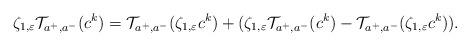
LaTeX: \begin{align*}\zeta_{1,\varepsilon}\mathcal{T}_{a^+,a^-}(c^k)=\mathcal{T}_{a^+,a^-}(\zeta_{1,\varepsilon}c^k)+(\zeta_{1,\varepsilon}\mathcal{T}_{a^+,a^-}(c^k)-\mathcal{T}_{a^+,a^-}(\zeta_{1,\varepsilon}c^k)).\end{align*}